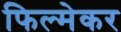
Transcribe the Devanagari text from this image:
फिल्मेकर